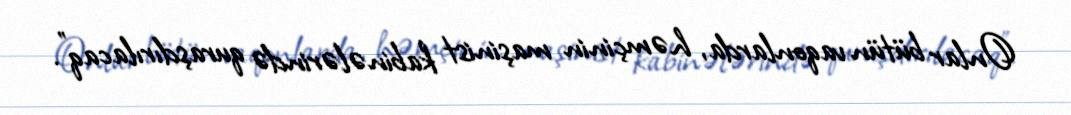
Onlar bütün vaqonlarda, həmçinin maşinist kabinələrində quraşdırılacaq”.